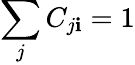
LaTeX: \sum_{j}{C_{j\mathbf{i}}}=1